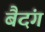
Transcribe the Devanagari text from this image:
बैदंग